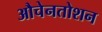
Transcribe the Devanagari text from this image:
औचेनतोशन